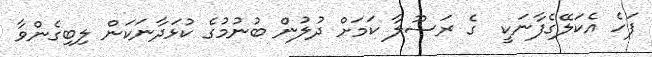
ފަހެ އެކަލޭގެފާނަކީ  ގެ ރަސޫލާ ކަމަށް ދުލުން ބުނުމުގެ ކުޅަދާނަކަން ލިބިގެންވާ